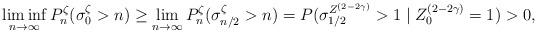
LaTeX: \begin{align*}\liminf_{n\to\infty} P^\zeta_n( \sigma_0^\zeta > n ) \geq \lim_{n\to\infty} P^\zeta_n( \sigma_{n/2}^\zeta > n ) = P( \sigma_{1/2}^{Z^{(2-2\gamma)}} > 1 \mid Z_0^{(2-2\gamma)} = 1 ) > 0,\end{align*}